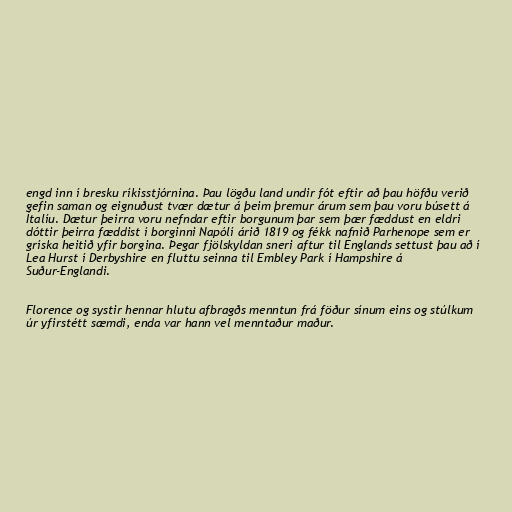
engd inn í bresku ríkisstjórnina. Þau lögðu land undir fót eftir að þau höfðu verið
gefin saman og eignuðust tvær dætur á þeim þremur árum sem þau voru búsett á
Ítalíu. Dætur þeirra voru nefndar eftir borgunum þar sem þær fæddust en eldri
dóttir þeirra fæddist í borginni Napólí árið 1819 og fékk nafnið Parhenope sem er
gríska heitið yfir borgina. Þegar fjölskyldan sneri aftur til Englands settust þau að í
Lea Hurst í Derbyshire en fluttu seinna til Embley Park í Hampshire á
Suður-Englandi.

Florence og systir hennar hlutu afbragðs menntun frá föður sínum eins og stúlkum
úr yfirstétt sæmdi, enda var hann vel menntaður maður.